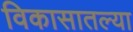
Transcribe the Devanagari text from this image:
विकासातल्या